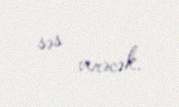
səs verəcək.